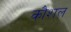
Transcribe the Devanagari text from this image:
कौशल़